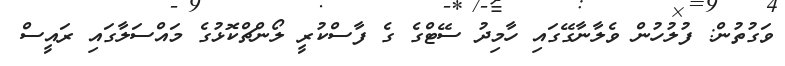
ވަގުތުން: ފުލުހުން ވެލާނާގޭގައި ހާމިދު ސޭޓްގެ ގެ ފާސްކުރީ ލޯންޗްކޮޅުގެ މައްސަލާގައި ރައީސް